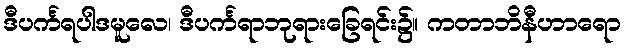
ဒီပင်္ကရပါဒမူလေ၊ ဒီပင်္ကရာဘုရားခြေရင်း၌။ ကတာဘိနီဟာရော